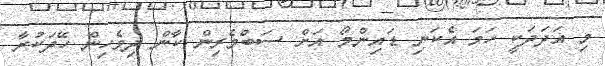
މި އަދަދަކީ ހަމަ އެކަނި ޑައިންމޯ އަށް ސަބްމެރިން ކާން ދިވެހިން ހޭދަކުރާ